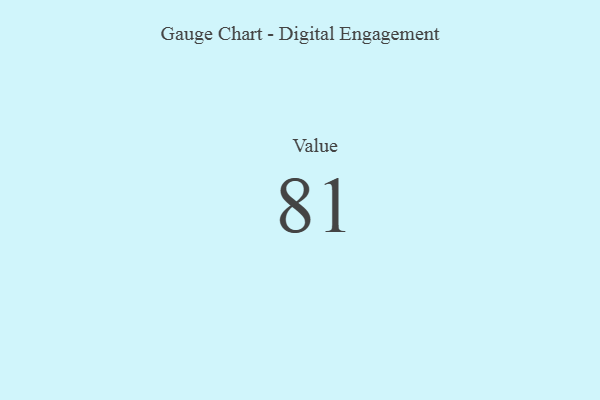
{"axis": {"x": "Metric", "y": "Value"}, "legend": [""], "data": [{"x": "Value", "y": 81, "type": ""}]}